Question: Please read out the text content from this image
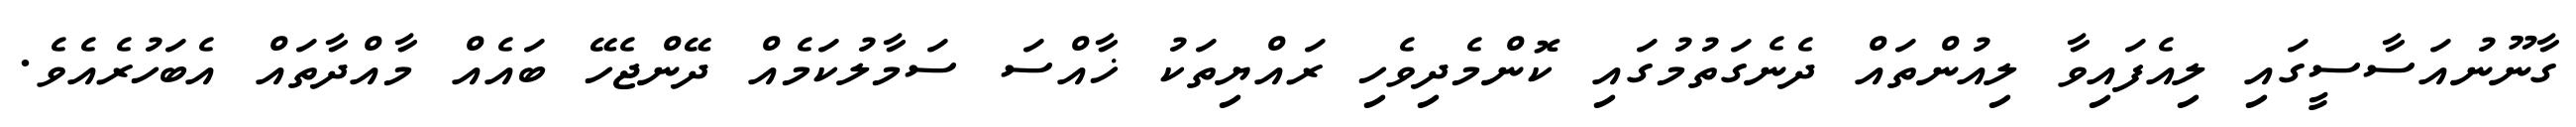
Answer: ގާނޫނުއަސާސީގައި ލިއެފައިވާ ލިއުންތައް ދެނެގަތުމުގައި ކޮންމެދިވެހި ރައްޔިތަކު ޚާއްސަ ސަމާލުކަމެއް ދޭންޖެހޭ ބައެއް މާއްދާތައް އެބަހުރެއެވެ.